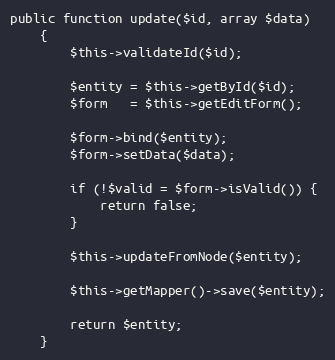
Language: PHP
public function update($id, array $data)
    {
        $this->validateId($id);

        $entity = $this->getById($id);
        $form   = $this->getEditForm();

        $form->bind($entity);
        $form->setData($data);

        if (!$valid = $form->isValid()) {
            return false;
        }

        $this->updateFromNode($entity);

        $this->getMapper()->save($entity);

        return $entity;
    }